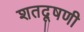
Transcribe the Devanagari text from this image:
शतदूषणी